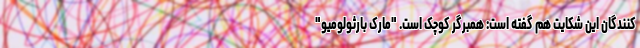
کنندگان این شکایت هم گفته است: همبرگر کوچک است. "مارک بارثولومیو"